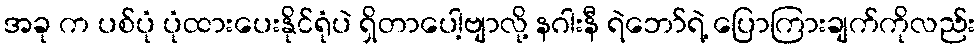
အခု က ပစ်ပုံ ပုံထားပေးနိုင်ရုံပဲ ရှိတာပေါ့ဗျာလို့ နဂါးနီ ရဲဘော်ရဲ့ ပြောကြားချက်ကိုလည်း